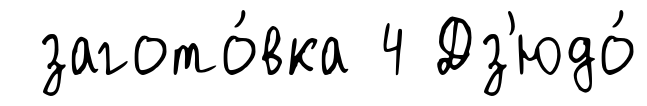
загото́вка 4 Дз'юдо́